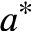
a ^ { * }